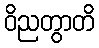
ဝိညတွာတိ